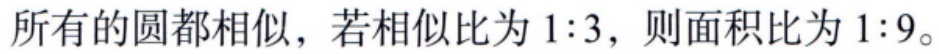
所有的圆都相似，若相似比为 \(1:3\)，则面积比为 \(1:9\)。